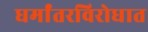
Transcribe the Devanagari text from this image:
धर्मांतरविरोधात